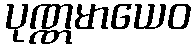
ပုဏ္ဏမာယေဝ